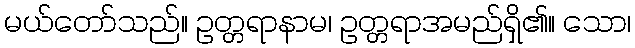
မယ်တော်သည်။ ဥတ္တရာနာမ၊ ဥတ္တရာအမည်ရှိ၏။ သော၊